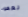
لعقود